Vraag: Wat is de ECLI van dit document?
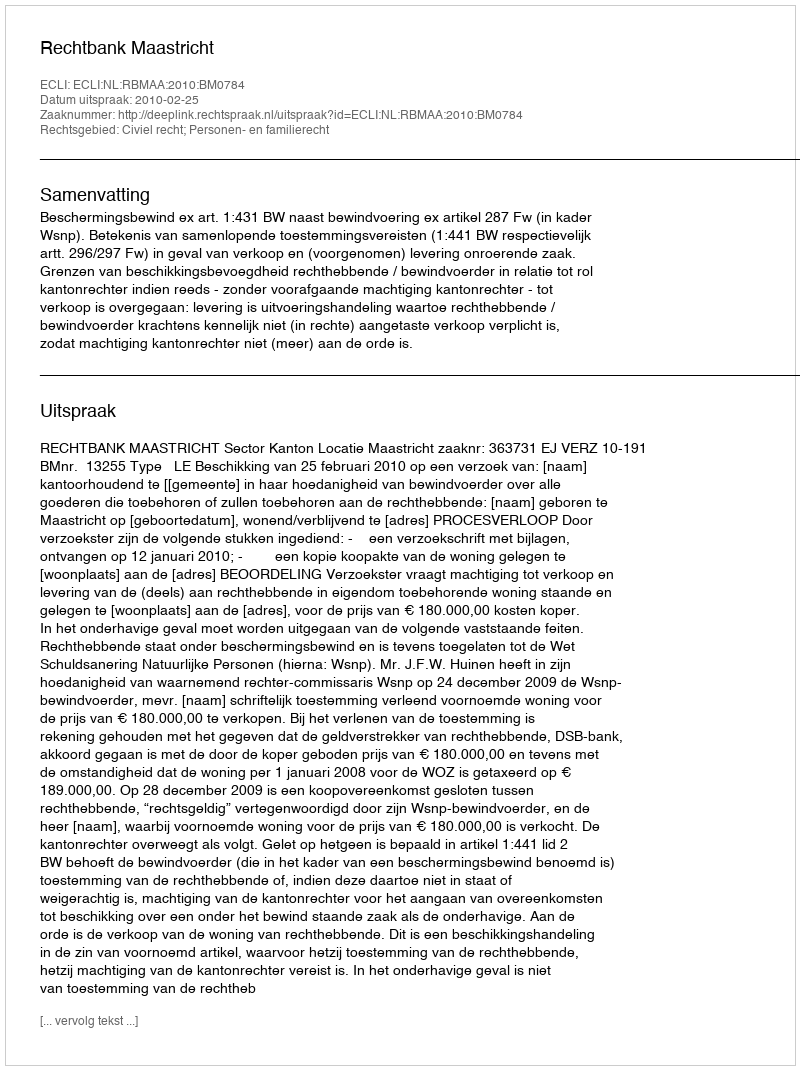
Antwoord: ECLI:NL:RBMAA:2010:BM0784